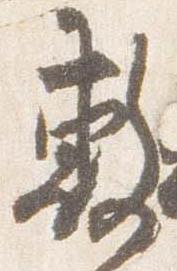
敷